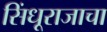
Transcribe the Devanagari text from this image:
सिंधूराजाचा